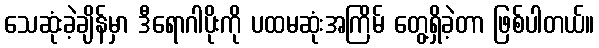
သေဆုံးခဲ့ချိန်မှာ ဒီရောဂါပိုးကို ပထမဆုံးအကြိမ် တွေ့ရှိခဲ့တာ ဖြစ်ပါတယ်။